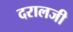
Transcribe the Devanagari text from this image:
दरालजी